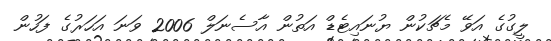
ލީގުގެ އަވޭ މެޗަކުން ޔުނައިޓެޑް އަތުން އާސެނަލް 2006 ވަނަ އަހަރުގެ ފަހުން